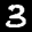
Label: 3